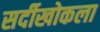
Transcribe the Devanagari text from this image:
सर्दीखोकला